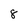
Character: 8